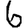
Digit: 6